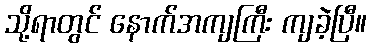
သို့ရာတွင် နောက်အကျကြီး ကျခဲ့ပြီ။